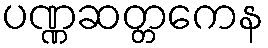
ပဏ္ဏဆတ္တကေန